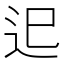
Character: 𨑖